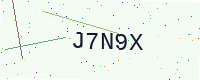
Text: J7N9X